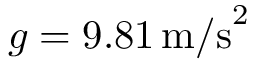
g = 9 . 8 1 \, \mathrm { m / s } ^ { 2 }